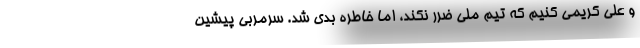
و علی کریمی کنیم که تیم ملی ضرر نکند، اما خاطره بدی شد. سرمربی پیشین